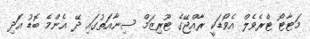
މަޓާޓޯ ޓްރެވެލް އެވޯޑަކީ ރާއްޖޭގެ ޓޫރިޒަމް ސިނާއަތުގައި ދޭ އެންމެ ބޮޑު އަދި